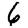
Digit: 6